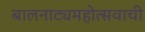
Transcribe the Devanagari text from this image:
बालनाट्यमहोत्सवाची